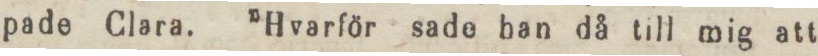
pade Clara. ”Hvarför sade han då till mig att